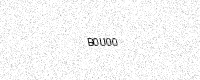
Text: B0U00